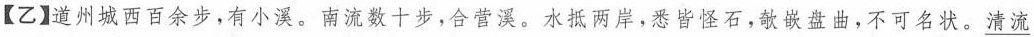
【乙】道州城西百余步，有小溪。南流数十步，合营溪。水抵两岸，悉皆怪石，敏嵌盘曲，不可名状。\underline{清流}